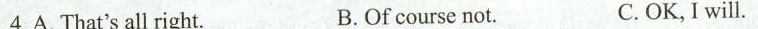
4.A.That'sall right. B.Of course not. C.OK, I will.